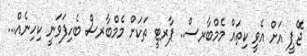
ޖޭޕީ އަށް އެވީ ކިތައް މެމްބާރސް.. ޕާރޓީ ތަކަށް މެމްބާރސް ބެހިފަވަނީ ކިހިނެއް...